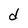
Character: d